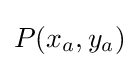
P(x_{a},y_{a})